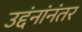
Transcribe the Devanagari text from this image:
उद्दंनांनंतर